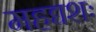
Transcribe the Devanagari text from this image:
महद्यशः